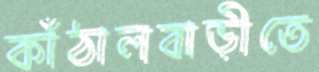
কাঁঠালবাড়ীতে